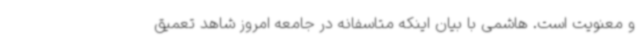
و معنویت است. هاشمی با بیان اینکه متاسفانه در جامعه امروز شاهد تعمیق